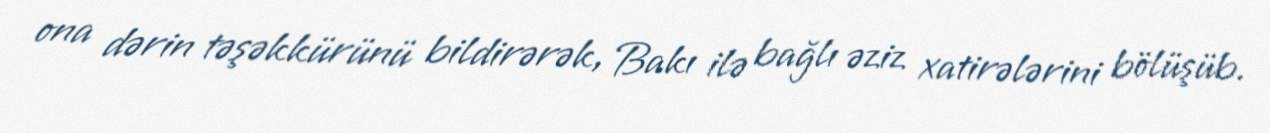
ona dərin təşəkkürünü bildirərək, Bakı ilə bağlı əziz xatirələrini bölüşüb.